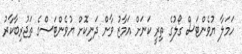
ހަމަލާ ޔުވެންޓަސް ގޯލުގެ ތިރީ ކަނަށް އަމާޒު ވާން ދަނިކޮށް ޔުވެންޓަސްގެ ތަޖުރިބާކާރު